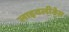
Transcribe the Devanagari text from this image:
लाइवलीनेस